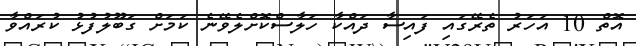
އޮތް 10 އަހަރު ތެރޭގައި ފައިސާ ދައްކާ ހަލާސްކޮށްލެވޭނެ ކަމަށް ގަބޫލުފުޅު ކުރައްވާ